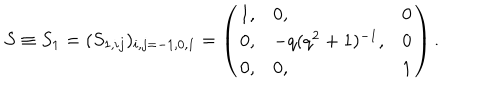
S \equiv S _ { 1 } = ( S _ { 1 , i j } ) _ { i , j = - 1 , 0 , 1 } = \left( \begin{array} { l l l } { { 1 , } } & { { 0 , } } & { { 0 } } \\ { { 0 , } } & { { - q ( q ^ { 2 } + 1 ) ^ { - 1 } , } } & { { 0 } } \\ { { 0 , } } & { { 0 , } } & { { 1 } } \\ \end{array} \right) .